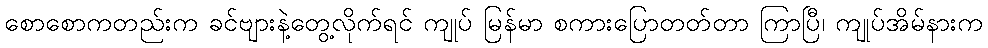
စောစောကတည်းက ခင်ဗျားနဲ့တွေ့လိုက်ရင် ကျုပ် မြန်မာ စကားပြောတတ်တာ ကြာပြီ၊ ကျုပ်အိမ်နားက